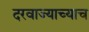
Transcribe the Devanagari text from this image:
दरवाज्याच्याच